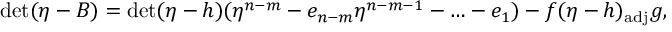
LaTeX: \operatorname * { d e t } ( \eta - B ) = \operatorname * { d e t } ( \eta - h ) ( \eta ^ { n - m } - e _ { n - m } \eta ^ { n - m - 1 } - \ldots - e _ { 1 } ) - f ( \eta - h ) _ { \mathrm { a d j } } g ,